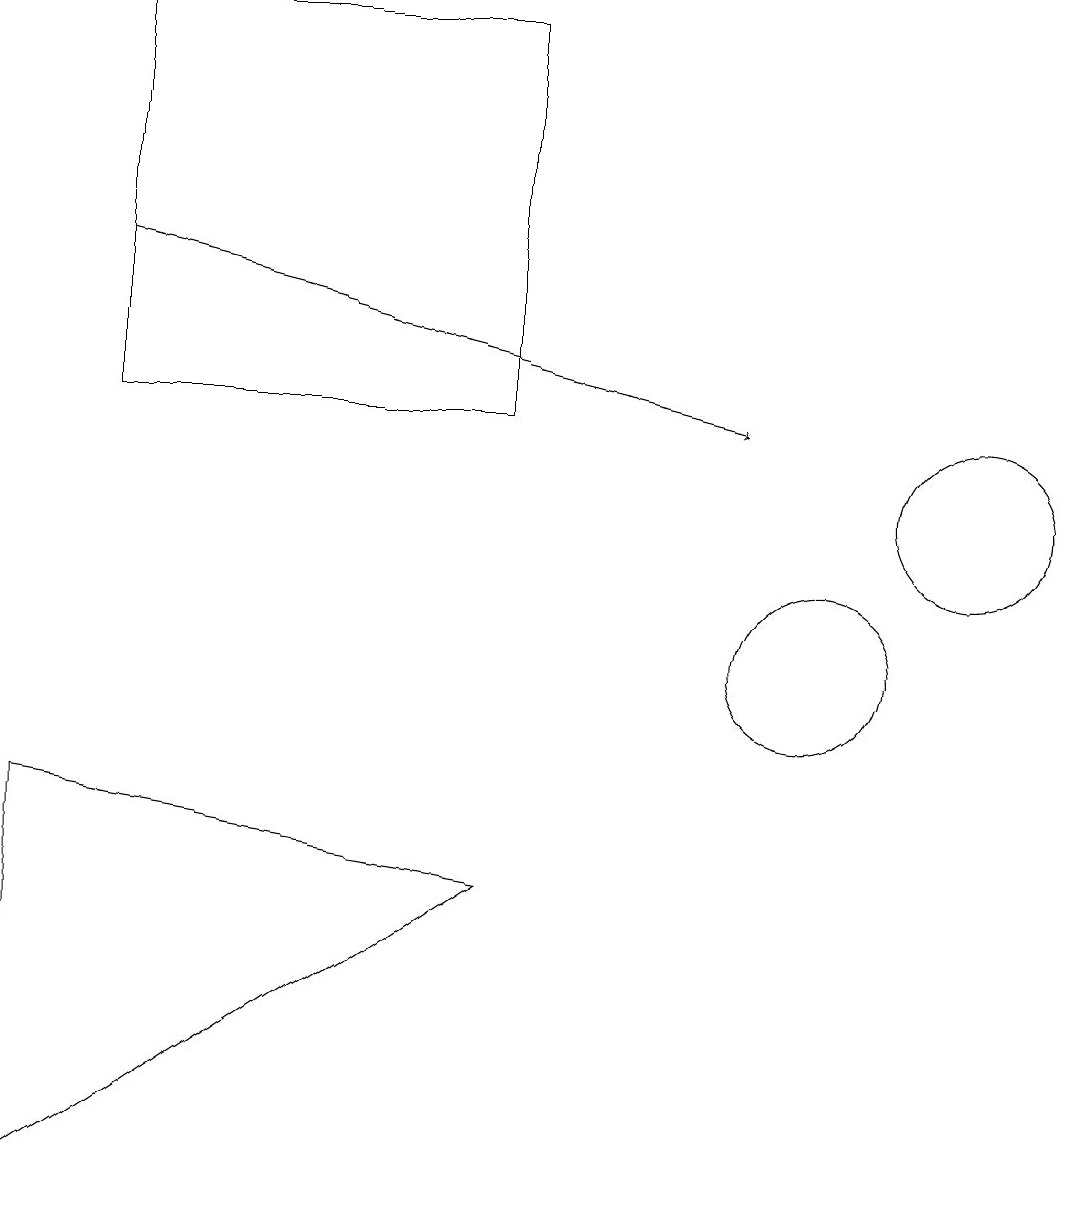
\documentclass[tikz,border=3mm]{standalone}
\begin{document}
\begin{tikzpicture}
\draw (12,12) circle (1);
\draw (10,10) circle (1);
\draw[->] (1,15) -- (9,13);
\draw (6,7) -- (0,8) -- (0,3) -- cycle;
\draw (6,13) rectangle (1,18);
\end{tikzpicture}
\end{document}